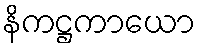
နိကဋ္ဌကာယော